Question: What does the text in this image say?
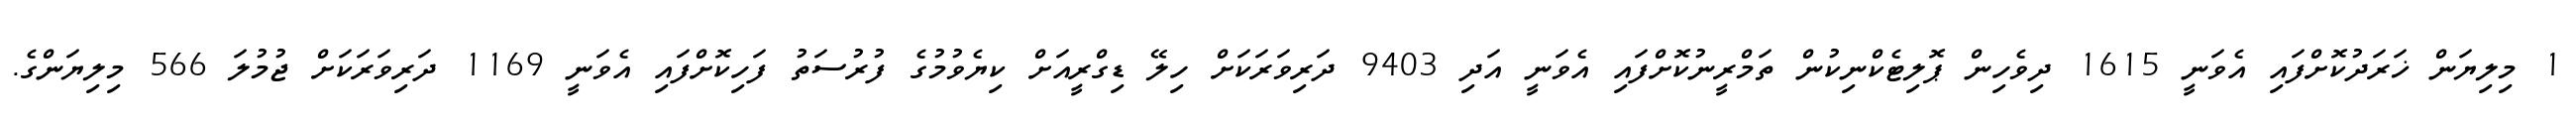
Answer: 1 މިލިޔަން ޚަރަދުކޮށްފައި އެވަނީ 1615 ދިވެހިން ޕޮލިޓެކްނިކުން ތަމްރީނުކޮށްފައި އެވަނީ އަދި 9403 ދަރިވަރަކަށް ހިލޭ ޑިގްރީއަށް ކިޔެވުމުގެ ފުރުސަތު ފަހިކޮށްފައި އެވަނީ 1169 ދަރިވަރަކަށް ޖުމުލަ 566 މިލިޔަންގެ.